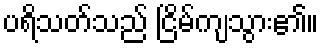
ပရိသတ်သည် ငြိမ်ကျသွား၏။